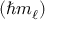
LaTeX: \left( \hbar m _ { \ell } \right)